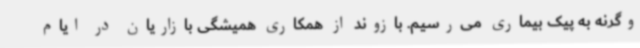
وگرنه به پیک بیماری می‌رسیم. بازوند از همکاری همیشگی بازاریان در ایام